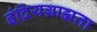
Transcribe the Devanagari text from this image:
इंद्रियग्राह्मता